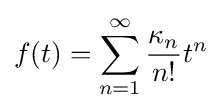
f(t)=\sum _{n=1}^{\infty }{\frac {\kappa _{n}}{n!}}t^{n}